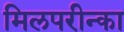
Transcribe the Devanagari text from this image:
मिलपरीन्का